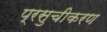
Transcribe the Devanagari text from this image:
प्रसुचीकरण